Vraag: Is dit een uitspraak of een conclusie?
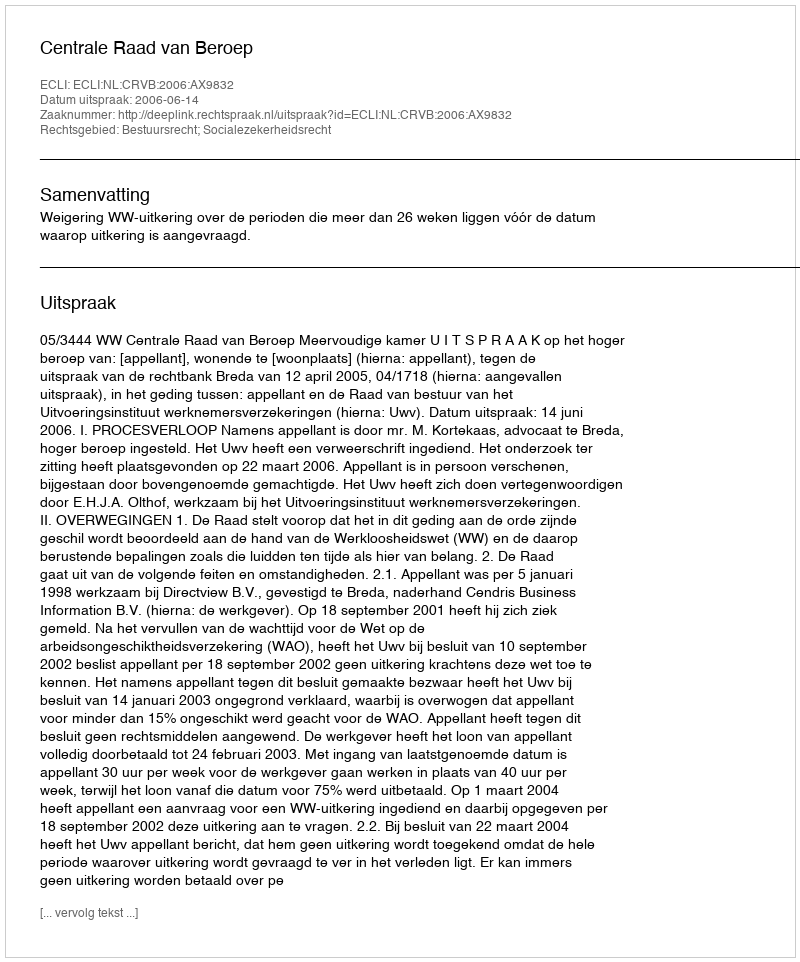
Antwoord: Uitspraak